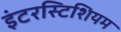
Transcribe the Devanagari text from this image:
इंटरस्टिशियम